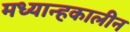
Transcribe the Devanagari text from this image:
मध्यान्हकालीन